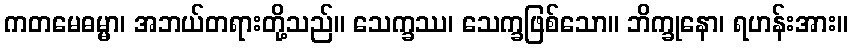
ကတမေဓမ္မာ၊ အဘယ်တရားတို့သည်။ သေက္ခဿ၊ သေက္ခဖြစ်သော။ ဘိက္ခုနော၊ ရဟန်းအား။